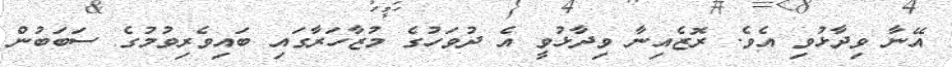
އޭނާ ވިދާޅުވި އެވެ. ރޮޒެއިނާ ވިދާޅުވީ އެ ދުވަހުގެ މުޒާހަރާގައި ބައިވެރިވުމުގެ ސަބަބުން